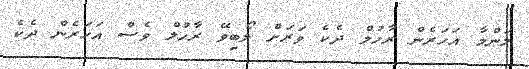
މަންމާ އަހަރެން ރާހުލް ދެކެ ވަރަށް ލޯބިވޭ ރާހުލް ވެސް އަހަރެން ދެކެ